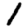
Digit: 1